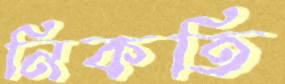
নিকতি